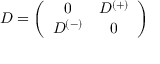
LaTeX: D = \left( \begin{array} { c c } { { 0 } } & { { D ^ { ( + ) } } } \\ { { D ^ { ( - ) } } } & { { 0 } } \end{array} \right)